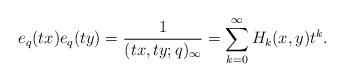
LaTeX: \begin{align*}e_q(tx)e_q(ty)= \frac 1{(tx,ty;q)_\infty}=\sum_{k=0}^\infty H_k(x,y)t^k.\end{align*}